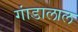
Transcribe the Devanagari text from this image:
गांडालाल